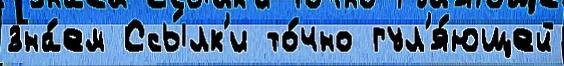
зна́ем Ссы́лк'и то́чно гул'я́ющей